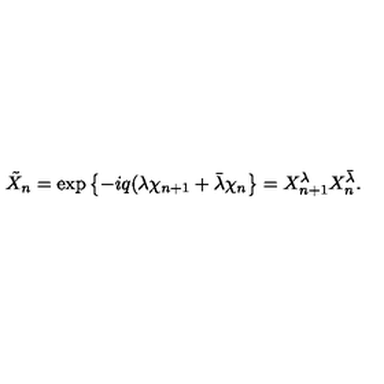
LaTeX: \tilde { X } _ { n } = \exp \left\{ - i q ( \lambda \chi _ { n + 1 } + \bar { \lambda } \chi _ { n } \right\} = X _ { n + 1 } ^ { \lambda } X _ { n } ^ { \bar { \lambda } } .